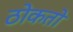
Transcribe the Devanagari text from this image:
ठोकतो